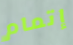
إتمام